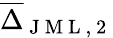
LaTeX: \overline{{\Delta}}_{\mathrm{~J~M~L~,~2~}}